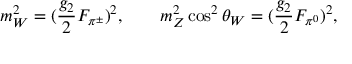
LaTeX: m _ { W } ^ { 2 } = ( { \frac { g _ { 2 } } { 2 } } F _ { \pi ^ { \pm } } ) ^ { 2 } , \qquad m _ { Z } ^ { 2 } \cos ^ { 2 } \theta _ { W } = ( { \frac { g _ { 2 } } { 2 } } F _ { \pi ^ { 0 } } ) ^ { 2 } ,